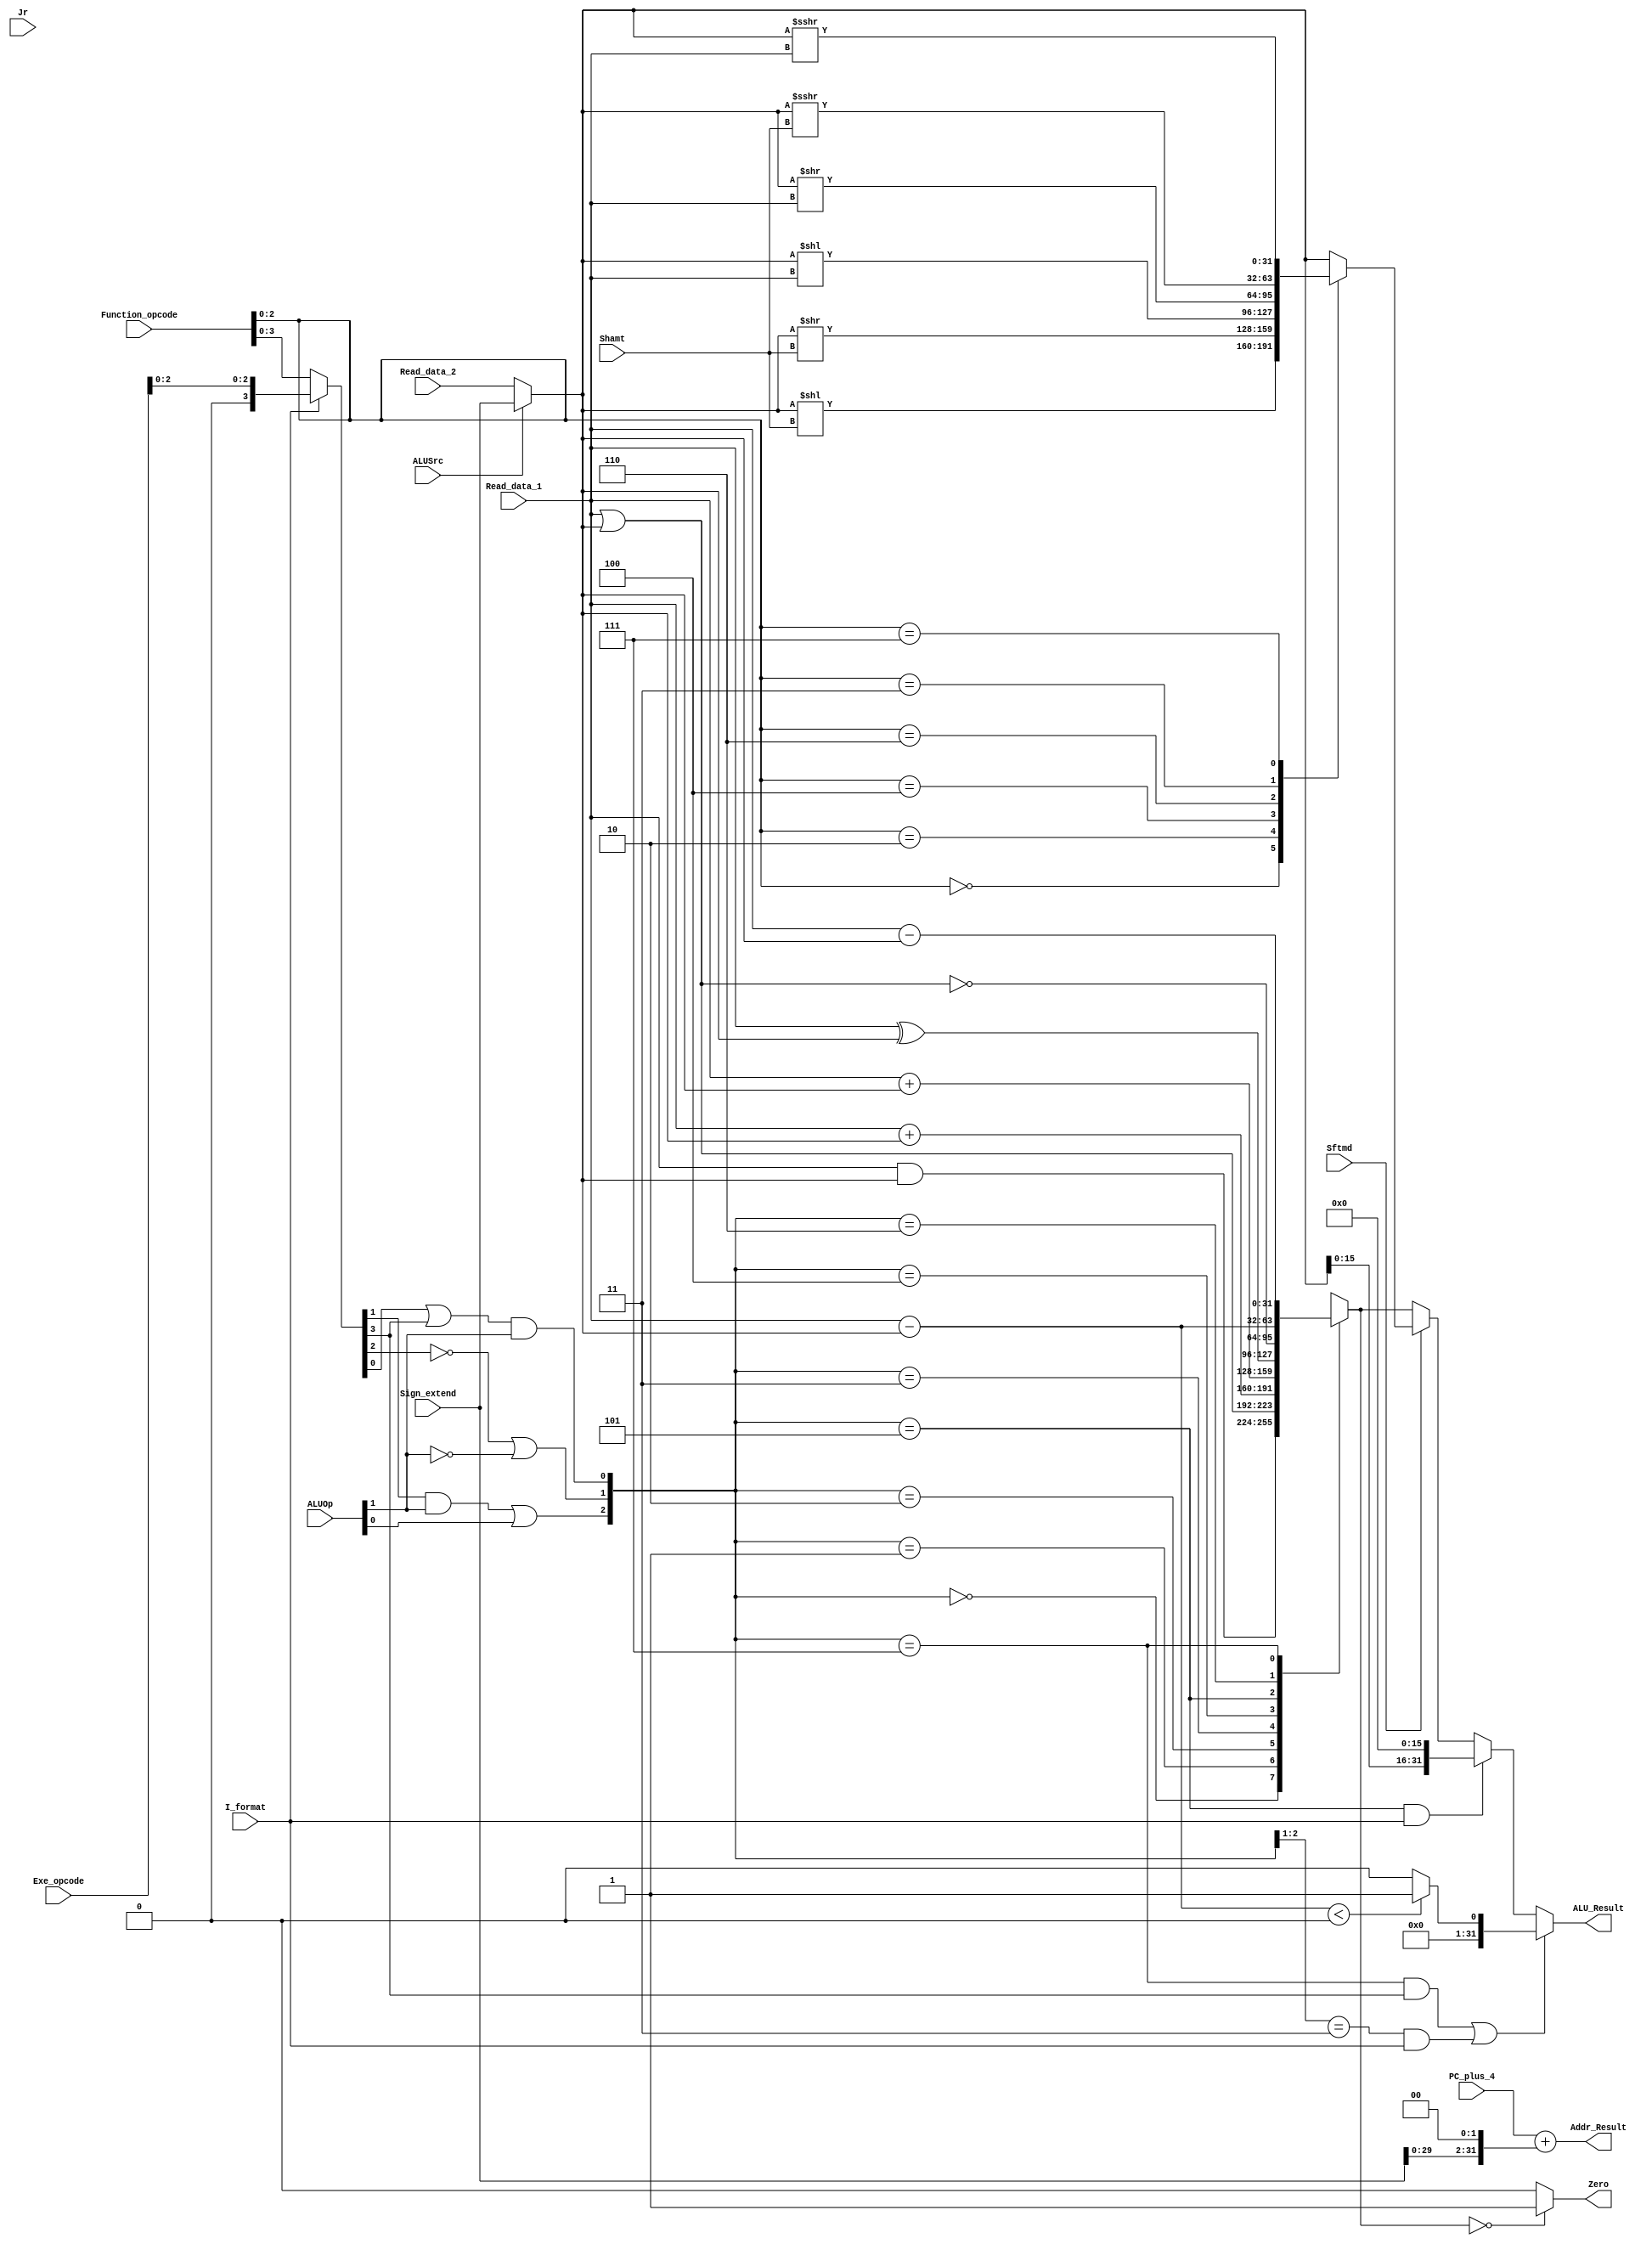
`timescale 1ns / 1ps
//////////////////////////////////////////////////////////////////////////////////
// Company: 
// Engineer: 
// 
// Design Name: 
// Module Name: executs32
// Project Name: 
// Target Devices: 
// Tool Versions: 
// Description: 
// 
// Dependencies: 
// 
// Revision:
// Revision 0.01 - File Created
// Additional Comments:
// 
//////////////////////////////////////////////////////////////////////////////////


module executs32(
    Read_data_1, Read_data_2, Sign_extend, Function_opcode, Exe_opcode, ALUOp, 
    Shamt, ALUSrc, I_format, Zero, Jr, Sftmd, ALU_Result, Addr_Result, PC_plus_4
    );
    // from Decoder
    input[31:0] Read_data_1;        // the source of Ainput
    input[31:0] Read_data_2;        // one of the sources of Binput
    input[31:0] Sign_extend;        // one of the sources of Binput

    // from IFetch
    input[5:0] Exe_opcode;          // instruction[31:26]
    input[5:0] Function_opcode;     // instructions[5:0]
    input[4:0] Shamt;               // instruction[10:6], the amount of shift bits
    input[31:0] PC_plus_4;          // pc+4

    // from Controller
    input[1:0] ALUOp;               // { (R_format || I_format) , (Branch || nBranch) }
    input ALUSrc;                   // 1 means the 2nd operand is an immedite (except beqbne
    input I_format;                 // 1 means I-Type instruction except beq, bne, LW, SW
    input Sftmd;                    // 1 means this is a shift instruction
    input Jr;                       // 1 means this is a jr
    
    output Zero;                    // 1 means the ALU_reslut is zero, 0 otherwise
    
    output reg[31:0] ALU_Result;    // the ALU calculation result
    output[31:0] Addr_Result;       // the calculated instruction address

    wire[31:0] Ainput,Binput;       // two operands for calculation
    wire[5:0] Exe_code;             // use to generate ALU_ctrl. (I_format==0) ? Function_Exe_opcode : { 3'b000 , Exe_opcode[2:0] }
    wire[2:0] ALU_ctl;              // the control signals which affact operation in ALU directely
    wire[2:0] Sftm;                 // identify the types of shift instruction, equals to Function_Exe_opcode[2:0] 
    reg[31:0] Shift_Result;         // the result of shift operation
    reg[31:0] ALU_output_mux;       // the result of arithmetic or logic calculation
    wire[32:0] Branch_Addr;         // the calculated address of the instruction, Addr_Result is Branch_Addr[31:0]

    assign Ainput = Read_data_1;
    assign Binput = (ALUSrc == 0) ? Read_data_2 : Sign_extend[31:0];

    // Function_opcode = Instruction[5:0], Exe_opcode = Instruction[31:26]
    assign Exe_code = (I_format == 0) ? Function_opcode : { 3'b000 , Exe_opcode[2:0] };
    
    // ALUOp = {(R_format || I_format), (Branch || nBranch)}
    // Exe_code = (I_format==0) ? Function_opcode : { 3'b000 , Exe_opcode[2:0] }
    assign ALU_ctl[0] = (Exe_code[0] | Exe_code[3]) & ALUOp[1];
    assign ALU_ctl[1] = ((!Exe_code[2]) | (!ALUOp[1]));
    assign ALU_ctl[2] = (Exe_code[1] & ALUOp[1]) | ALUOp[0];

    assign Sftm = Function_opcode[2:0];     // type of shift operation

    always @(ALU_ctl or Ainput or Binput) begin // arrithmetics
        case(ALU_ctl)
            3'b000 : ALU_output_mux = (Ainput & Binput);                       // and, andi
            3'b001 : ALU_output_mux = (Ainput | Binput);                       // or, ori
            3'b010 : ALU_output_mux = ($signed(Ainput) + $signed(Binput));     // add, addi
            3'b011 : ALU_output_mux = (Ainput + Binput);                       // addu, addiu
            3'b100 : ALU_output_mux = (Ainput ^ Binput);                       // xor, xori
            3'b101 : ALU_output_mux = (~(Ainput | Binput));                    // nor
            3'b110 : ALU_output_mux = ($signed(Ainput) - $signed(Binput));     // sub                
            3'b111 : ALU_output_mux = (Ainput - Binput);                       // subu
            default : ALU_output_mux = 32'h00000000;                           // default
        endcase
    end
    /*
        By default, reg and wire are unsigned, integer is signed.
        Use $signed(var), $unsigned(var) to determine whether it is unsigned or not.
    */
    always @* begin // six types of shift instructions
        if(Sftmd)
            case(Sftm[2:0])
                3'b000 : Shift_Result = (Binput << Shamt);                   // Sll rd,rt,shamt 00000
                3'b010 : Shift_Result = (Binput >> Shamt);                   // Srl rd,rt,shamt 00010
                3'b100 : Shift_Result = (Binput << Ainput);                  // Sllv rd,rt,rs 00010
                3'b110 : Shift_Result = (Binput >> Ainput);                  // Srlv rd,rt,rs 00110
                3'b011 : Shift_Result = ($signed(Binput) >>> Shamt);         // Sra rd,rt,shamt 00011
                3'b111 : Shift_Result = ($signed(Binput) >>> Ainput);        // Srav rd,rt,rs 00111
                default : Shift_Result = Binput;                             // default
            endcase
        else
            Shift_Result = Binput;
    end
    
    // ALU_Result is 32 bits
    always @* begin
        // set type operation (slt, slti, sltu, sltiu)
        if(((ALU_ctl == 3'b111) && (Exe_code[3] == 1)) || ((ALU_ctl[2:1]==2'b11) && (I_format==1)))
            ALU_Result = ($signed(Ainput) - $signed(Binput) < 0) ? 1 : 0; 
        // lui operation
        // if Binput is Sign_extend -> {16{1'b0}},immediate} or {{16{Instruction[15]}},immediate} -> Binput[15:0] is immediate
        // else Binput is Read_data_2 -> Binput[15:0] is immediate
        else if((ALU_ctl == 3'b101) && (I_format == 1))
            // ALU_Result[31:16] = Binput[15:0] (immediate)
            // ALU_Result[15:0] = {16{1'b0}} (padding)
            ALU_Result = { Binput[15:0], {16{1'b0}} };  
        else if(Sftmd == 1) // shift operation
            ALU_Result = Shift_Result;
        else // other types of operation in ALU (arithmatic or logic calculation)
            ALU_Result = ALU_output_mux[31:0];
    end

    assign Branch_Addr = PC_plus_4[31:0] + {Sign_extend[29:0], 2'b00}; // (PC+4) + (Sign_extend << 2)
    assign Addr_Result = Branch_Addr[31:0];
    assign Zero = (ALU_output_mux[31:0] == 32'h0000_0000) ? 1'b1 : 1'b0;
    
endmodule